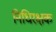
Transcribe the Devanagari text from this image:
निधिरक्षक